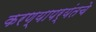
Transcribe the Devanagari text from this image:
करण्यापर्यंतचे